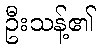
ဦးသန့်၏